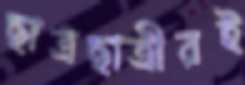
ছাত্রছাত্রীরই